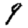
Digit: 9